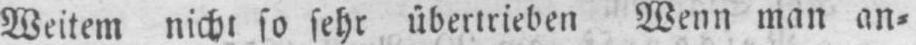
Weitem nicht so sehr übertrieben Wenn man an⸗